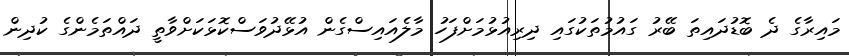
މައިރާގެ ދެ ބޮޑުދައިތަ ބޭރު ގައުމުތަކުގައި ދިރިއުޅުމަށްފަހު މާލެއައިސްގެން އުޅޭދުވަސްކޮޅަކަށްވާތީ ދައްތަމެންގެ ކުދިން